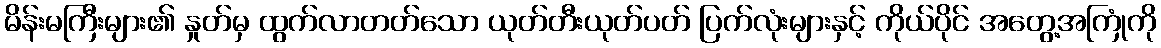
မိန်းမကြီးများ၏ နှုတ်မှ ထွက်လာတတ်သော ယုတ်တီးယုတ်ပတ် ပြက်လုံးများနှင့် ကိုယ်ပိုင် အတွေ့အကြုံကို